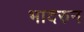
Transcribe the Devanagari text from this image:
भादरुन